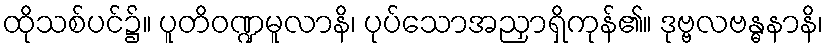
ထိုသစ်ပင်၌။ ပူတိဝဏ္ဍမူလာနိ၊ ပုပ်သောအညှာရှိကုန်၏။ ဒုဗ္ဗလဗန္ဓနာနိ၊